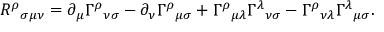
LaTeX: { R ^ { \rho } } _ { \sigma \mu \nu } = \partial _ { \mu } \Gamma ^ { \rho } { } _ { \nu \sigma } - \partial _ { \nu } \Gamma ^ { \rho } { } _ { \mu \sigma } + \Gamma ^ { \rho } { } _ { \mu \lambda } \Gamma ^ { \lambda } { } _ { \nu \sigma } - \Gamma ^ { \rho } { } _ { \nu \lambda } \Gamma ^ { \lambda } { } _ { \mu \sigma } .